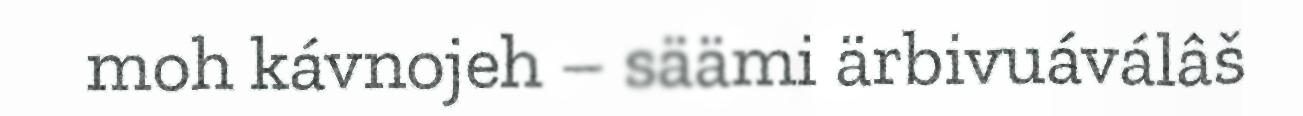
moh kávnojeh – säämi ärbivuáválâš